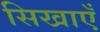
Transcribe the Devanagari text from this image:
सिखाएँ